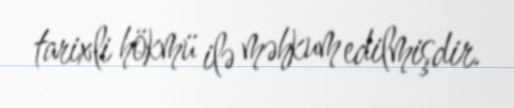
tarixli hökmü ilə məhkum edilmişdir.